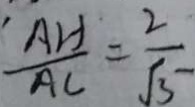
\frac { A H } { A C } = \frac { 2 } { \sqrt { 3 } }